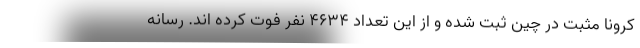
کرونا مثبت در چین ثبت شده و از این تعداد 4634 نفر فوت کرده اند. رسانه